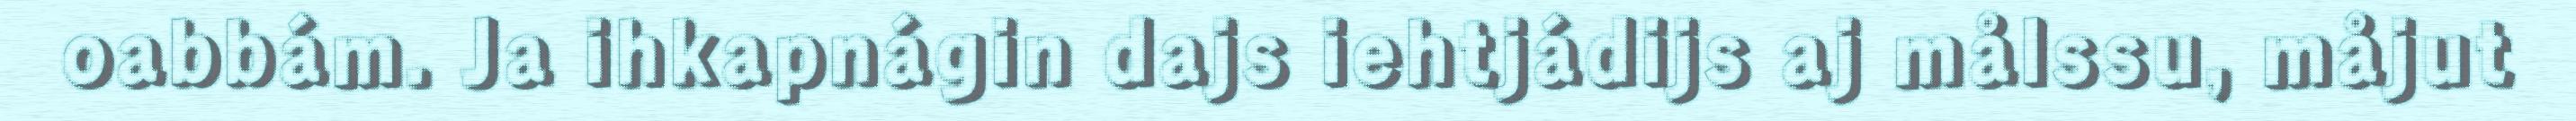
oabbám. Ja ihkapnágin dajs iehtjádijs aj målssu, måjut